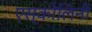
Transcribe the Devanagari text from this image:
एस्कोलिनी